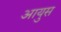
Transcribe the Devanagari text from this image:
आयुस